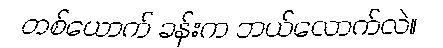
တစ်ယောက် ခန်းက ဘယ်လောက်လဲ။